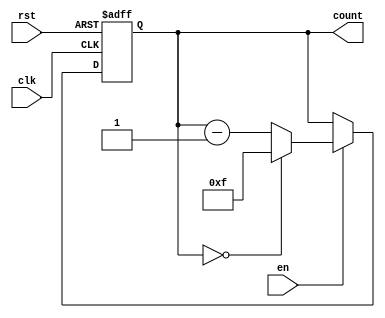
module binary_down_counter #(parameter WIDTH = 4) (
    input wire clk,       // Clock signal
    input wire rst,       // Asynchronous reset signal
    input wire en,        // Enable signal
    output reg [WIDTH-1:0] count // Current count value
);

    // Maximum value for the counter
    localparam MAX_COUNT = (1 << WIDTH) - 1; // 2^WIDTH - 1

    // Asynchronous reset and counting logic
    always @(posedge clk or posedge rst) begin
        if (rst) begin
            count <= MAX_COUNT; // Reset to maximum value
        end else if (en) begin
            if (count == 0) begin
                count <= MAX_COUNT; // Roll over to maximum value
            end else begin
                count <= count - 1; // Decrement the counter
            end
        end
    end

    // Initialize count for simulation purposes (optional)
    initial begin
        count = MAX_COUNT; // Start at maximum value on reset
    end

endmodule